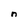
Character: n